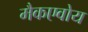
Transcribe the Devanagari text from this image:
मैकएवोय